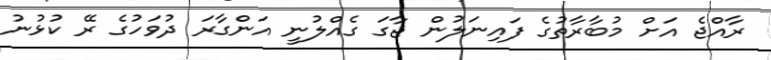
ރާއްޖެ އަށް މުބާރާތުގެ ފައިނަލުން ޖާގަ ގެއްލުނީ އަންގާރަ ދުވަހުގެ ރޭ ކުޅުނު